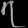
Digit: ၇